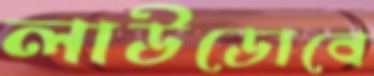
লাউডোবে